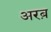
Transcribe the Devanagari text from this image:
अरब़